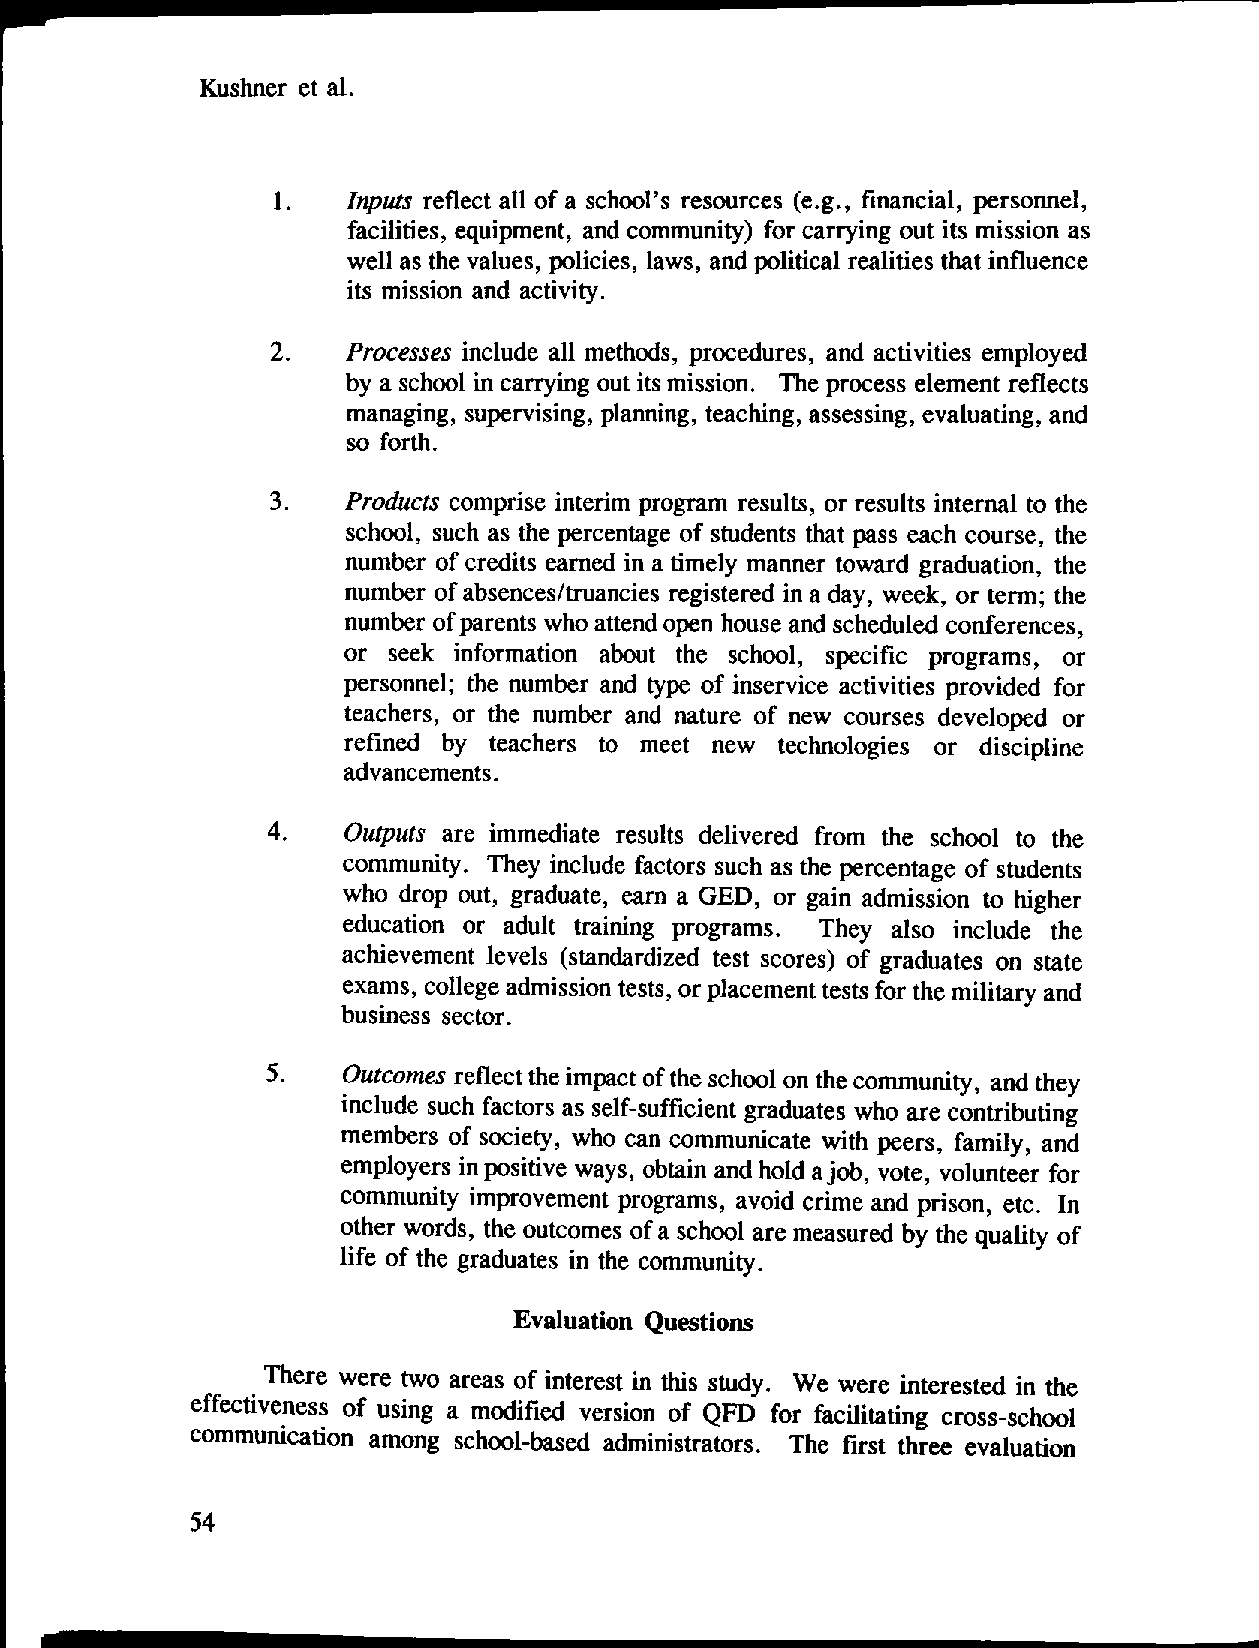
Kushner et al.
 1.   Inputs reflect all of a school's resources (e.g., financial, personnel,
 facilities, equipment, and community) for carrying out its mission as
 well as the values, policies, laws, and political realities that influence
 its mission and activity.
 2.   Processes include all methods, procedures, and activities employed
 by a school in carrying out its mission. The process element reflects
 managing, supervising, planning, teaching, assessing, evaluating, and
 so forth.
 3.   Products comprise interim program results, or results internal to the
 school, such as the percentage of students that pass each course, the
 number of credits earned in a timely manner toward graduation, the
 number of absences/truancies registered in a day, week, or term; the
 number ofparents who attend open house and scheduled conferences,
 or seek information about the school, specific programs, or
 personnel; the number and type of inservice activities provided for
 teachers, or the number and nature of new courses developed or
 refined by teachers to meet new technologies or discipline
 advancements.
 4.   Outputs are immediate results delivered from the school to the
 community. They include factors such as the percentage of students
 who drop out, graduate, earn a GED, or gain admission to higher
 education or adult training programs. They also include the
 achievement levels (standardized test scores) of graduates on state
 exams, college admission tests, or placement tests for the military and
 business sector.
 5.   Outcomesreflect the impact ofthe school on thecommunity, and they
 include such factors as self-sufficient graduates who are contributing
 members of society, who can communicate with peers, family, and
 employers inpositive ways, obtain and hold ajob, vote, volunteer for
 community improvement programs, avoid crime and prison, etc. In
 other words, the outcomes of a school are measured by the quality of
 life of the graduates in the community.
 Evaluation Questions
 There were two areas of interest in this study. We were interested in the
 effectiveness of using a modified version of QFD for facilitating cross-school
 communication among school-based administrators. The first three evaluation
 54